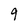
Character: 9